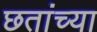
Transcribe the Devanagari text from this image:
छतांच्या